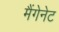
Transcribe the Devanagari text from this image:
मैंगेनेट